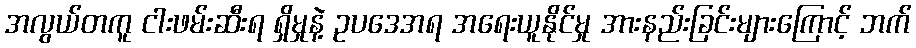
အလွယ်တကူ ငါးဖမ်းဆီးရ ရှိမှုနဲ့ ဥပဒေအရ အရေးယူနိုင်မှု အားနည်းခြင်းများကြောင့် ဘက်